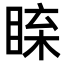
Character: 𥇱